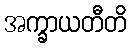
အက္ခာယတီတိ